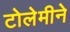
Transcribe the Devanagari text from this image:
टोलेमीने